Cholera in India, 1862 to 1881
Year: 1862
Disease focus: Cholera
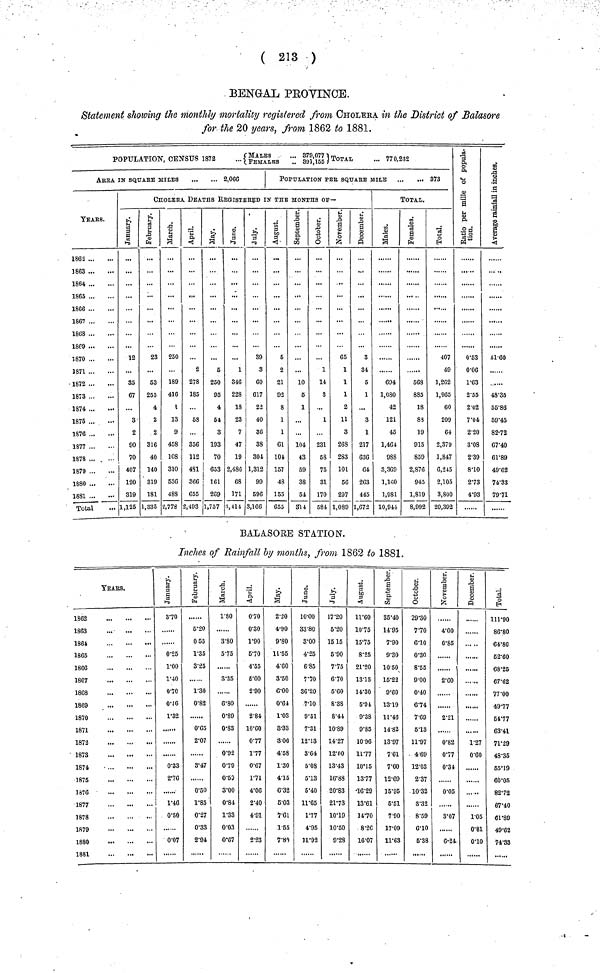
( 213 )
BENGAL PROVINCE.
Statement showing the monthly mortality registered from CHOLERA in the District of Balasore
for the 20 years, from 1862 to 1881.
POPULATION, CENSUS 1872 {MALES ... 379,077. FEMALES ... 391,155 } TOTAL ... 770,232
AREA IN SQUARE MILES
2,066
YEARS.
1862
3863
1864
1865
1866
1867
1868
1869
1870
1871
1872
1873
1874
1875 ...
1876
1877
1878
1879
1880
1881
Total
POPULATION PER SQUARE MILE
373
CHOLERA DEATHS REGISTERED IN THE MONTHS OF—
January.
12
35
67
3
2
90
70
407
120
819
1,125
February.
23
53
255
4
2
2
316
40
140
319
181
1,335
March.
250
189
416
1
13
9
458
108
310
536
488
2,778
April.
2
278
185
58
336
112
4S1
366
655
2,493
May.
...
5
250
95
4
54
3
193
70
653
161
209
:,757
June.
1
346
228
18
23
7
47
19
2,486
68
171
3,414
July.
39
8
60
617
22
40
36
38
304
1,312
99
596
3,166
August.
5
2
21
02
8
1
1
61
104
157
48
155
655
September.
10
5
1
104
43
59
38
54
314
October.
1
14
3
...
1
231
58
75
31
170
584
November.
65
1
1
1
2
11
3
268
283
101
66
297
1,089
December.
3
34
5
1
...
3
1
217
636
64
263
445
1,672
TOTAL.
Males.
694
1,080
42
121
45
1,461
988
3,369
1,160
1,981
10,914
Females.
568
885
18
83
19
915
859
2,876
945
1,819
8,992
Total.
407
49
1,262
1,965
60
209
64
2,379
1,847
6,245
2,105
3,800
20,392
Ratio per mille of population.
0.53
0.06
1.63
2.55
2.02
7.04
2.20
3.08
2.39
8.10
2.73
4.93
Average rainfall in inches.
51.60
48.35
55.86
59.45
82.72
67.40
61.89
49.62
74.33
79.71
BALA.SORE STATION.
Inches of Rainfall by months, from 1862 to 1881.
YEARS.
1862
1863
1861
1865
1866
1867
1868
1869
1870
1871
1872
1873
1874
1875
1876
1877
1878
1879
1880
1881
January.
3. 70
0.25
1.00
1.40
0.70
0.16
1.32
0.33
2.76
1.46
0.50
0.07
February.
5.20
0.55
1.35
3.25
1.30
0.82
0.65
2.07
3.47
.
0.50
1.85
0.27
0.33
2.91
March.
1.80
3.80
5.75
.
3.35
6.80
0.89
0.83
.
0.92
0.79
0.53
3.00
0.84
1.33
0.03
0.67
April.
0.70
0.30
1.90
5.70
4.55
6.00
2.90
.
2.84
10.60
0.77
1.77
0.67
1.71
4.06
2.40
4.91
2.23
May.
2.20
4.90
9.80
11.55
4.60
3.50
6.00
0.64
1.03
3.33
3.06
4.58
1.30
4.15
6.32
5.03
7.61
1.55
7.80
June.
10.00
33.80
3.00
4.25
6.85
7.70
36.20
7.10
9.51
7.31
12.13
3.64
5.08
5.13
5.40
11.65
1.77
4.95
11.92
July.
17.20
5.20
15.15
5.90
7.75
6.70
5.60
8.38
8.44
10.89
14.27
12.00
13.43
16.88
20.83
21.73
10.19
10.50
9.28
August.
11.60
10.75
15.75
8.25
21.20
13.15
14.30
5.91
9.38
9.85
10.96
11.77
10.15
13.77
•16.29
13.61
14.70
8.26
16.07
September.
35.40
14.95
7.90
9.30
10.50
15.22
9.60
13.19
11.46
14.82
13.97
7.61
7.60
12.69
15.95
5.51
7.90
17.09
11.63
October.
29.30
7.70
6.10
0.30
8.55
9.00
0.40
6.74
7.69
5.13
11.97
4.69
12.03
2.37
10.32
3.32
8.59
6.10
5.38
November.
4.00
0.85
2.00
2.21
0.82
0.77
0.34
0.05
3.07
.
6.24
December.
1.27
0.60
1.05
0.81
0.01
Total.
111.90
86.80
64.80
52.60
68.25
67.62
77.00
49.77
54.77
63.41
71.29
48.35
55.19
60.05
82.72
67.40
61.89
49.62
74.33